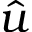
\hat { u }